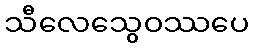
သီလေသွေဝဿပေ